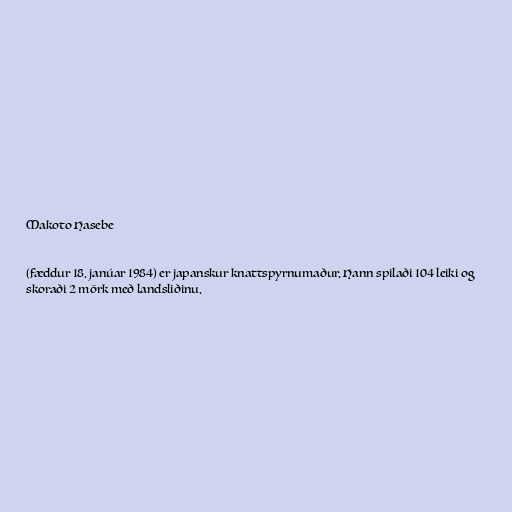
Makoto Hasebe

(fæddur 18. janúar 1984) er japanskur knattspyrnumaður. Hann spilaði 104 leiki og
skoraði 2 mörk með landsliðinu.